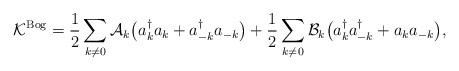
LaTeX: \begin{align*}\mathcal{K}^{\rm{Bog}} = \frac{1}{2} \sum_{k \neq 0} \mathcal{A}_k \big( a_k^\dagger a_k + a_{-k}^\dagger a_{-k} \big) + \frac 1 2 \sum_{k \neq 0} \mathcal{B}_k \big( a_k^\dagger a_{-k}^\dagger + a_k a_{-k}\big),\end{align*}